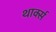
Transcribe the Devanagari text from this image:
थार्क्स